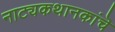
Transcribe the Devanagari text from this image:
नाट्यकथानकांचॆ